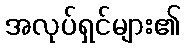
အလုပ်ရှင်များ၏